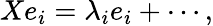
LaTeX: Xe_{i}=\lambda_{i}e_{i}+\cdots,